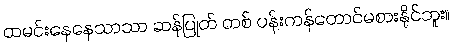
ထမင်းနေနေသာသာ ဆန်ပြုတ် တစ် ပန်းကန်တောင်မစားနိုင်ဘူး။